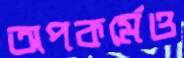
অপকর্মেও